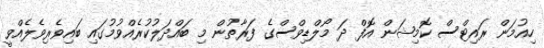
ހިއުމަން ރައިޓްސް ކޮމިޝަން އޮފް ދަ މޯލްޑިވްސްގެ ފަރާތުން މި ބައްދަލުކުރެއްވުމުގައި ބައިވެރިވެލެއްވީ